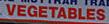
vegetables